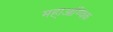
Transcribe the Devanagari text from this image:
महा्आण्विक